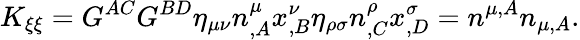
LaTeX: K_{\xi\xi}=G^{AC}G^{BD}\eta_{\mu\nu}n_{,A}^{\mu}x_{,B}^{\nu}\eta_{\rho\sigma}n_{,C}^{\rho}x_{,D}^{\sigma}=n^{\mu,A}n_{\mu,A}.